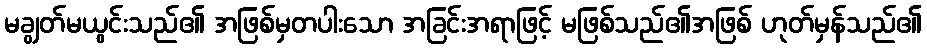
မချွတ်မယွင်းသည်၏ အဖြစ်မှတပါးသော အခြင်းအရာဖြင့် မဖြစ်သည်၏အဖြစ် ဟုတ်မှန်သည်၏